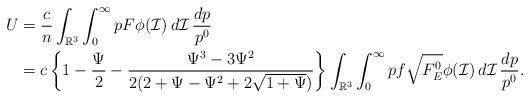
LaTeX: \begin{align*} U&=\frac{c}{n}\int_{\mathbb{R}^3}\int_0^\infty pF\phi(\mathcal{I}) \,d\mathcal{I}\,\frac{dp}{p^0}\cr &=c\left\{1-\frac{\Psi}{2}-\frac{\Psi^3-3\Psi^2}{2(2+\Psi-\Psi^2+2\sqrt{1+\Psi})}\right\}\int_{\mathbb{R}^3}\int_0^\infty pf\sqrt{F_E^0} \phi(\mathcal{I}) \,d\mathcal{I}\,\frac{dp}{p^0}. \end{align*}